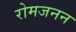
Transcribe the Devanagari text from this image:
रोमजनन